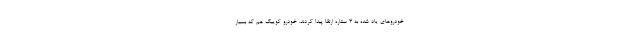
خودروهای ياد شده به ۳ ستاره ارتقا پيدا كردند. خودرو كوييك هم كه بسيار